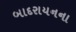
બાદરાયનના